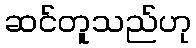
ဆင်တူသည်ဟု